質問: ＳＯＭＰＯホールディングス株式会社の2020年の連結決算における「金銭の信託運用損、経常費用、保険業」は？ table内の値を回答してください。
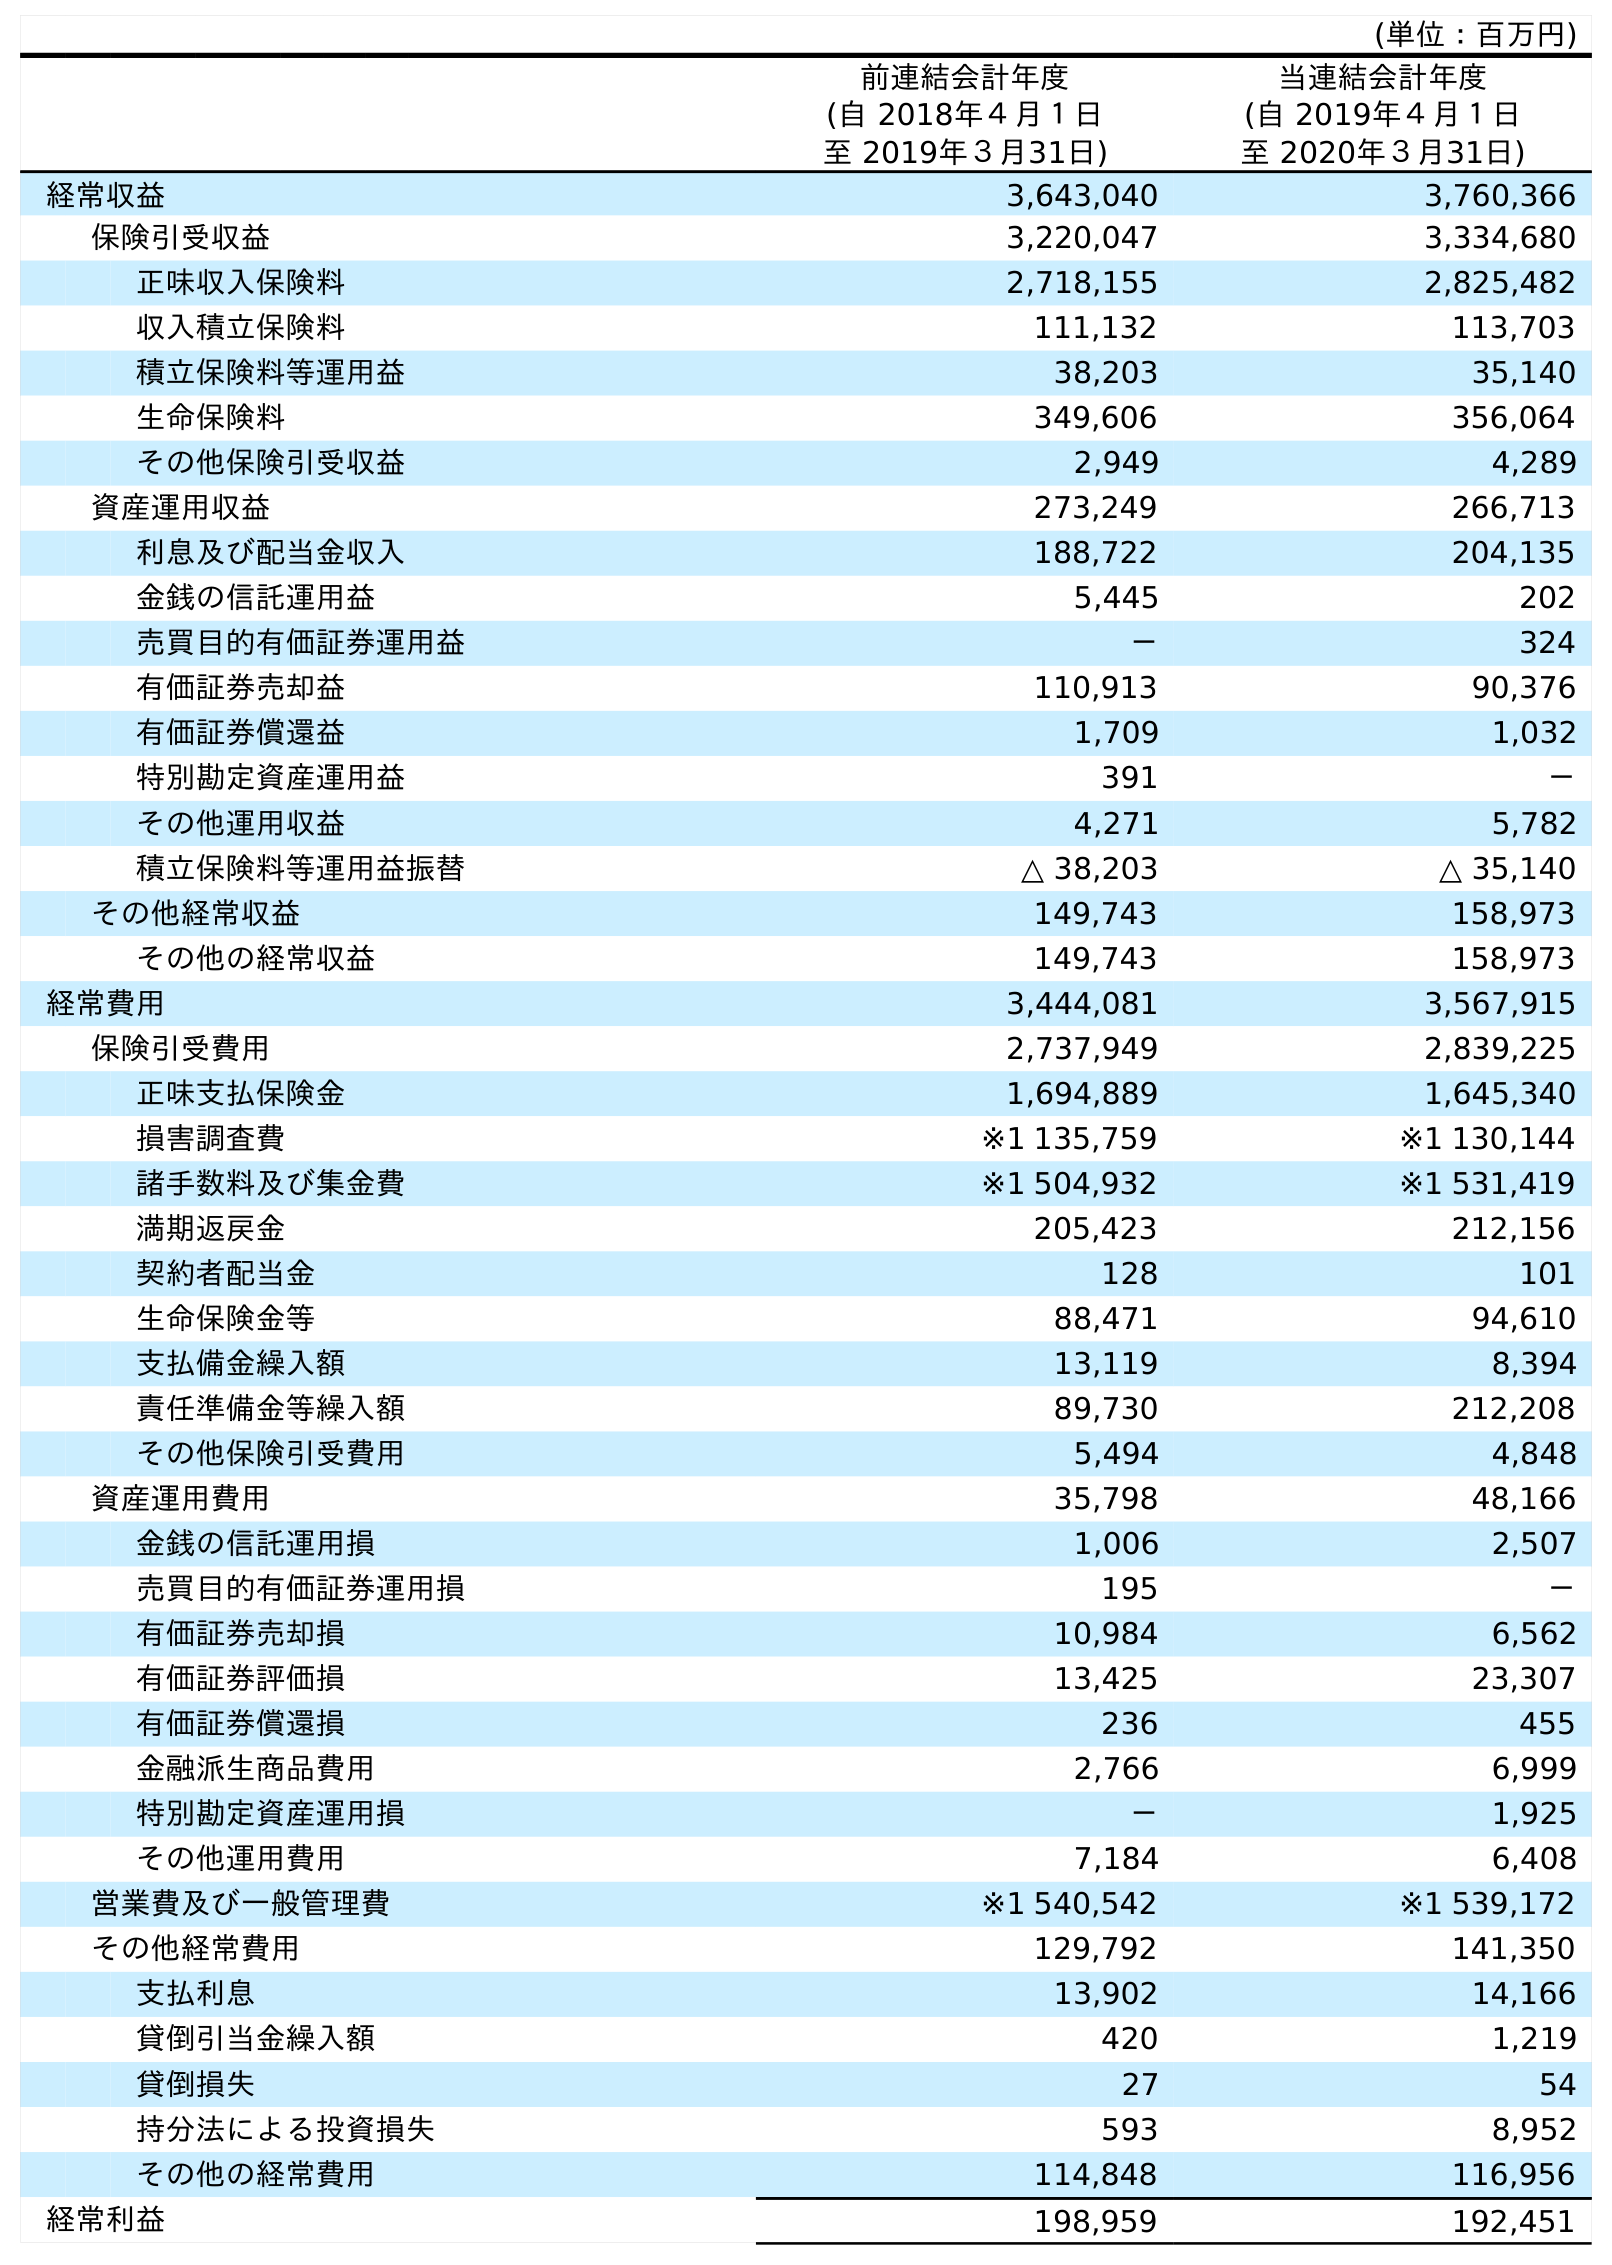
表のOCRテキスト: (単位：百万円) 前連結会計年度 (自 2018年４月１日 至 2019年３月31日) 当連結会計年度 (自 2019年４月１日 至 2020年３月31日) 経常収益 3,643,040 3,760,366 保険引受収益 3,220,047 3,334,680 正味収入保険料 2,718,155 2,825,482 収入積立保険料 111,132 113,703 積立保険料等運用益 38,203 35,140 生命保険料 349,606 356,064 その他保険引受収益 2,949 4,289 資産運用収益 273,249 266,713 利息及び配当金収入 188,722 204,135 金銭の信託運用益 5,445 202 売買目的有価証券運用益 － 324 有価証券売却益 110,913 90,376 有価証券償還益 1,709 1,032 特別勘定資産運用益 391 － その他運用収益 4,271 5,782 積立保険料等運用益振替 △ 38,203 △ 35,140 その他経常収益 149,743 158,973 その他の経常収益 149,743 158,973 経常費用 3,444,081 3,567,915 保険引受費用 2,737,949 2,839,225 正味支払保険金 1,694,889 1,645,340 損害調査費 ※1 135,759 ※1 130,144 諸手数料及び集金費 ※1 504,932 ※1 531,419 満期返戻金 205,423 212,156 契約者配当金 128 101 生命保険金等 88,471 94,610 支払備金繰入額 13,119 8,394 責任準備金等繰入額 89,730 212,208 その他保険引受費用 5,494 4,848 資産運用費用 35,798 48,166 金銭の信託運用損 1,006 2,507 売買目的有価証券運用損 195 － 有価証券売却損 10,984 6,562 有価証券評価損 13,425 23,307 有価証券償還損 236 455 金融派生商品費用 2,766 6,999 特別勘定資産運用損 － 1,925 その他運用費用 7,184 6,408 営業費及び一般管理費 ※1 540,542 ※1 539,172 その他経常費用 129,792 141,350 支払利息 13,902 14,166 貸倒引当金繰入額 420 1,219 貸倒損失 27 54 持分法による投資損失 593 8,952 その他の経常費用 114,848 116,956 経常利益 198,959 192,451
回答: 2,507